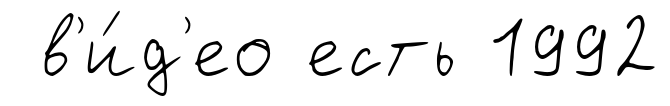
в'и́д'ео есть 1992